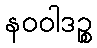
နဝဝါဒဉ္စ